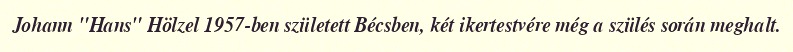
Johann "Hans" Hölzel 1957-ben született Bécsben, két ikertestvére még a szülés során meghalt.